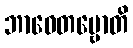
ဘာဝေတဗ္ဗောတိ